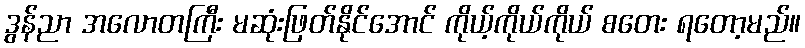
ဒွန်ညာ အလောတကြီး မဆုံးဖြတ်နိုင်အောင် ကိုယ့်ကိုယ်ကိုယ် စတေး ရတော့မည်။